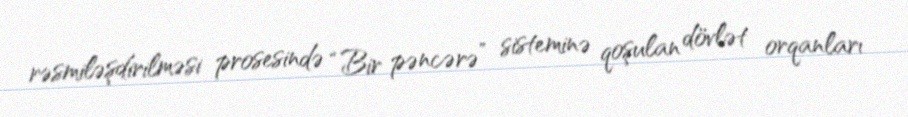
rəsmiləşdirilməsi prosesində “Bir pəncərə” sisteminə qoşulan dövlət orqanları